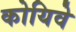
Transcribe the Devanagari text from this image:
कोयिवे